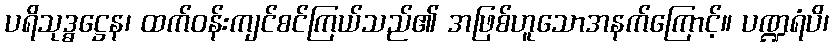
ပရိသုဒ္ဓဋ္ဌေန၊ ထက်ဝန်းကျင်စင်ကြယ်သည်၏ အဖြစ်ဟူသောအနက်ကြောင့်။ ပဏ္ဍရံပိ၊